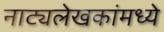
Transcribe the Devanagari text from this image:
नाट्यलेखकांमध्ये